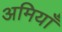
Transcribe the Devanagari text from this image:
अमियाँ